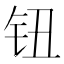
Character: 钮